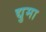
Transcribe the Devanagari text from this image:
द्युमा